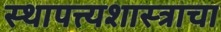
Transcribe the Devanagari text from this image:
स्थापत्त्यशास्त्राचा